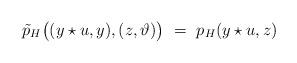
LaTeX: \begin{align*}\tilde{p}_H\bigl( (y\star u,y), ( z,\vartheta) \bigr) ~=~p_H(y\star u, z) \end{align*}